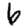
Digit: 6